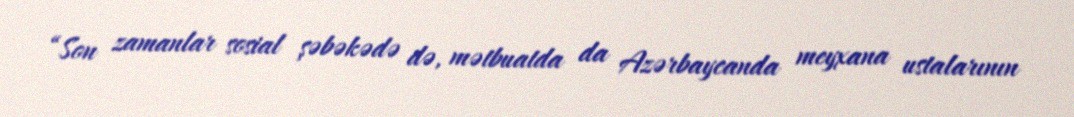
“Son zamanlar sosial şəbəkədə də, mətbuatda da Azərbaycanda meyxana ustalarının